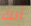
أنك